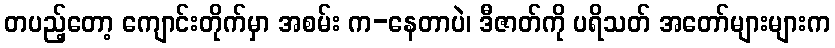
တပည့်တော့ ကျောင်းတိုက်မှာ အစမ်း က-နေတာပဲ၊ ဒီဇာတ်ကို ပရိသတ် အတော်များများက